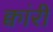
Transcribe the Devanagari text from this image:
क्वांरी